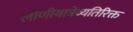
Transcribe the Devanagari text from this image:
लोणीयात्रेव्यतिरिक्त